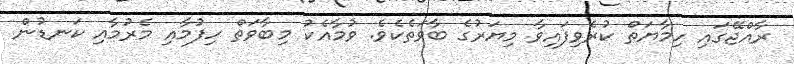
ރާއްޖޭގައި ހިމާޔަތް ކުރެވިފައިވާ މިޔަރުގެ ބާވަތެކެވެ. ވުމާއެކު މިބާވަތް ހިފުމާއި މެރުމާއި ކަނޑުން